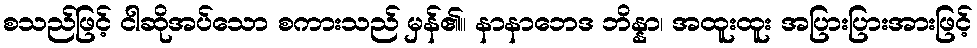
စသည်ဖြင့် ငါဆိုအပ်သော စကားသည် မှန်၏။ နာနာဘေဒ ဘိန္နာ၊ အထူးထူး အပြားပြားအားဖြင့်